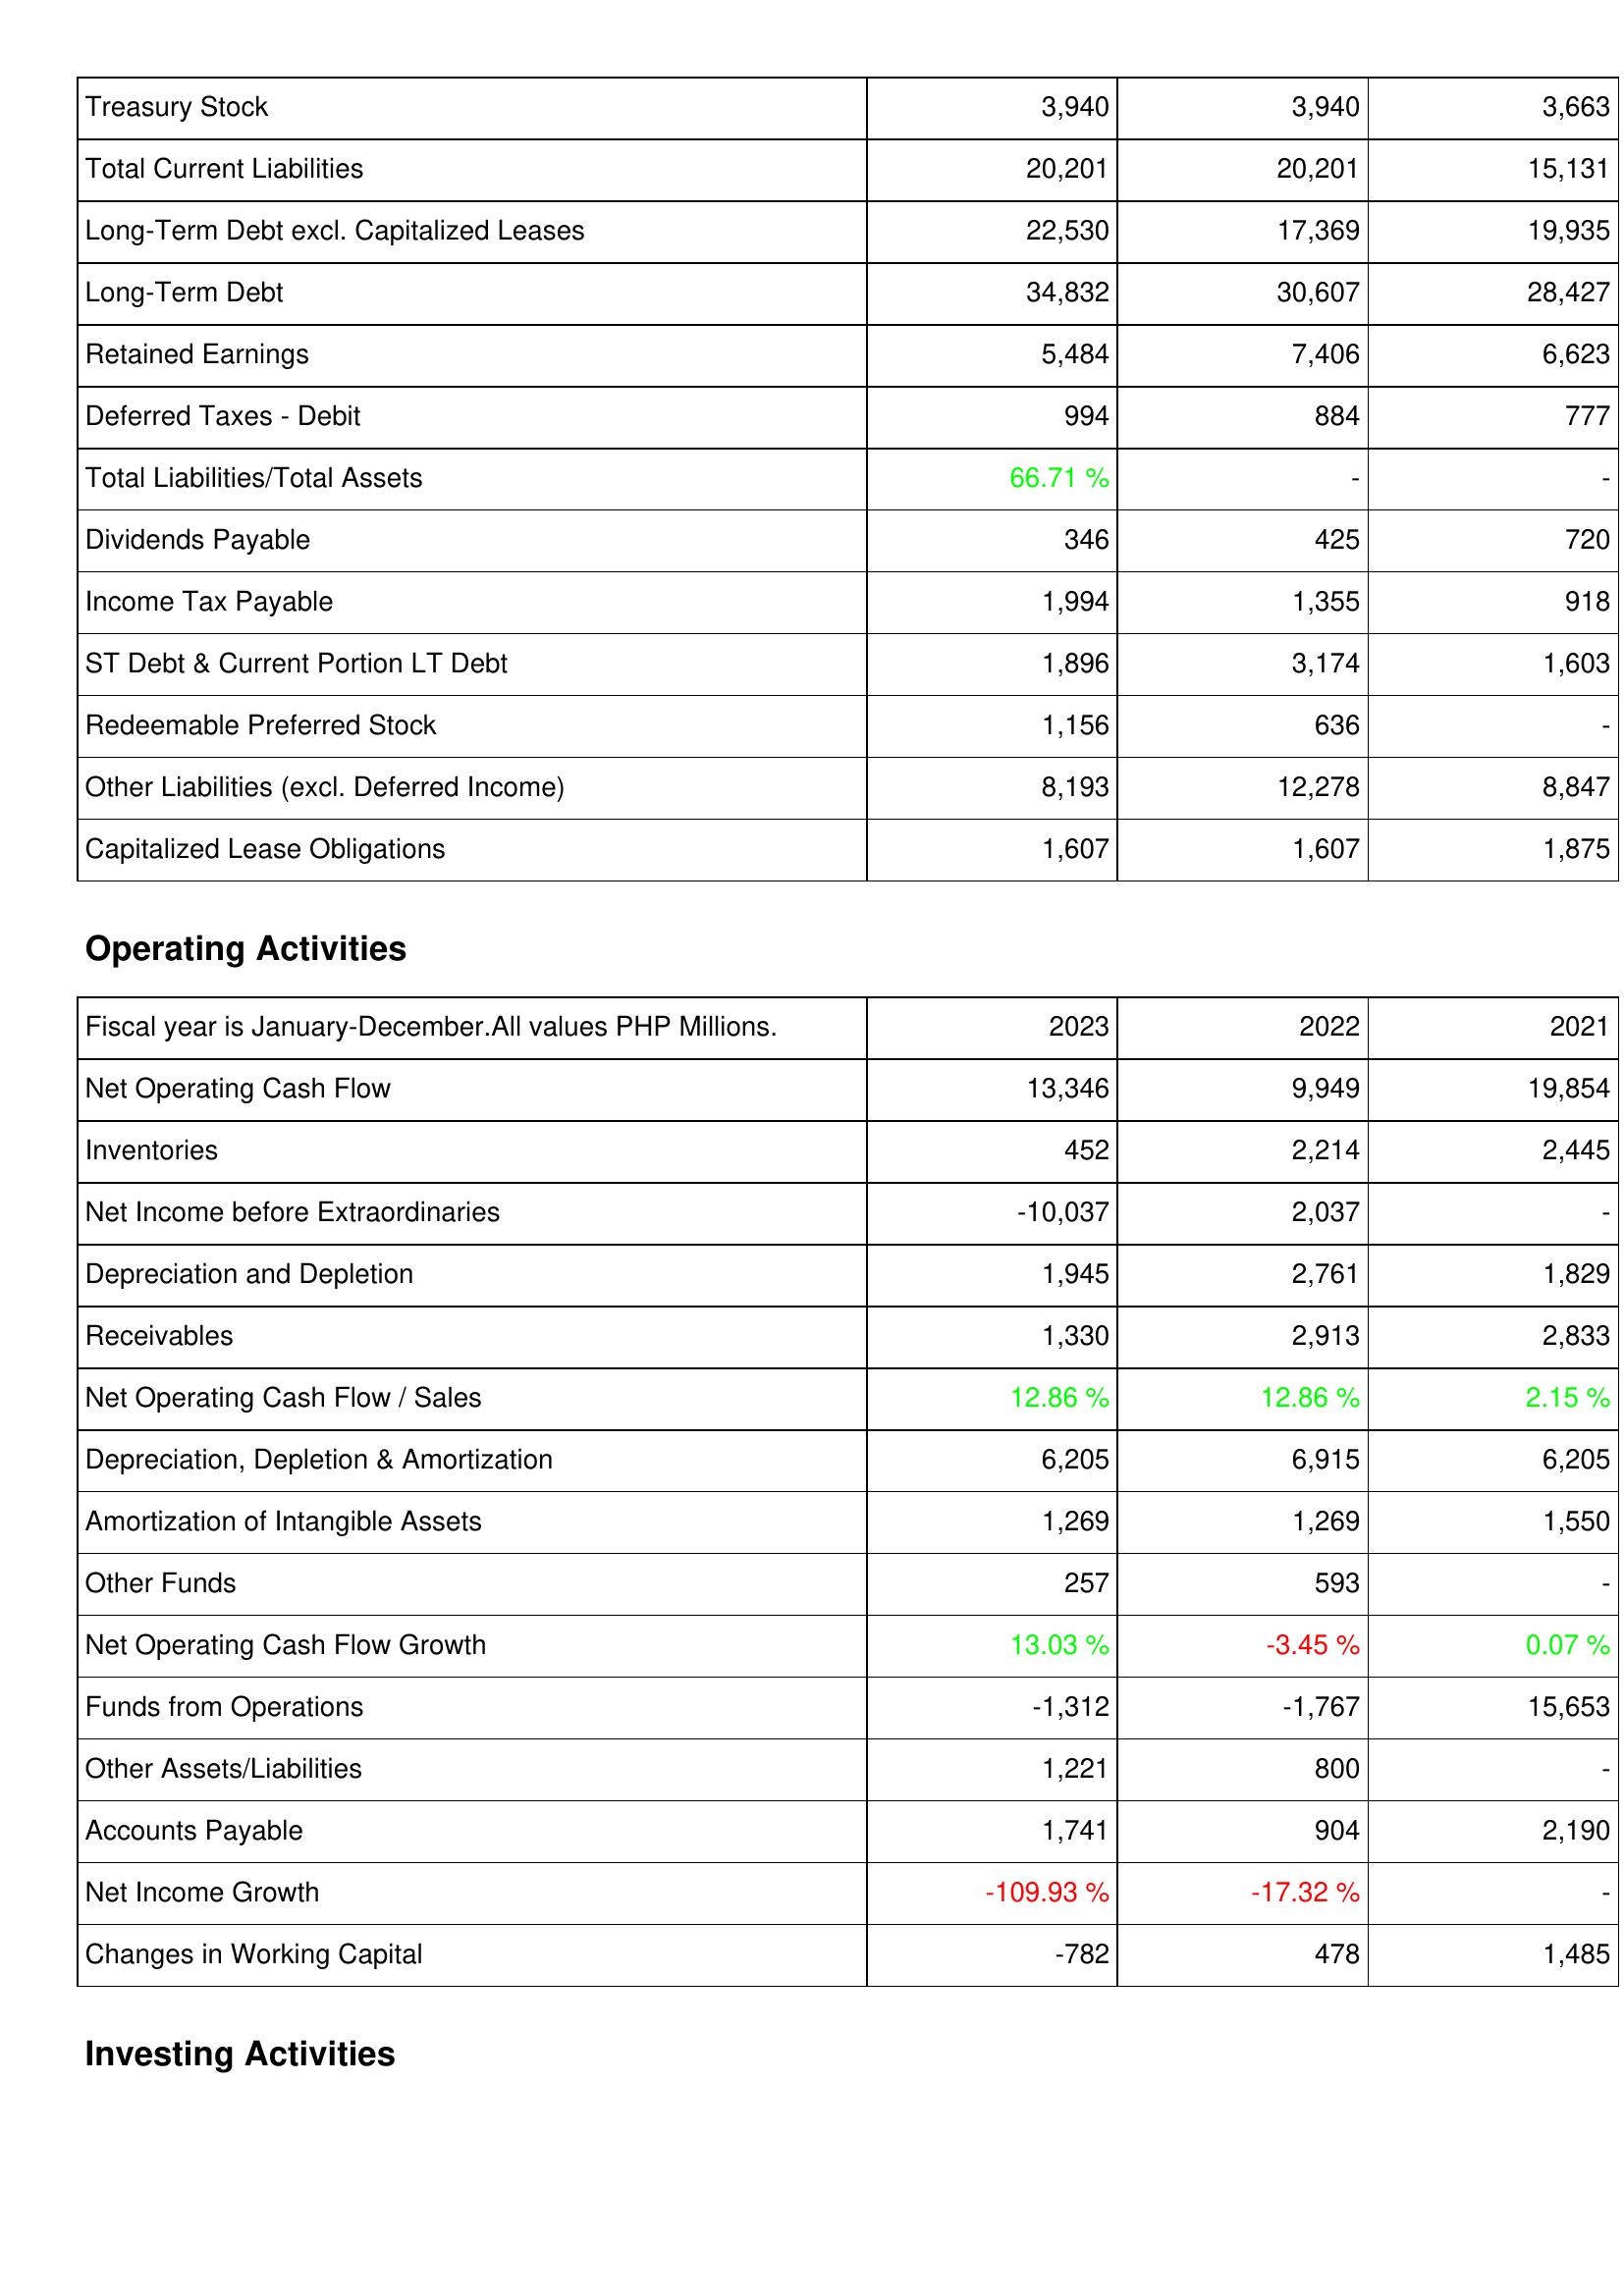
2023: Liabilities & Shareholders' Equity: Treasury Stock: 3,940
Total Current Liabilities: 20,201
Long-Term Debt excl. Capitalized Leases: 22,530
Long-Term Debt: 34,832
Retained Earnings: 5,484
Deferred Taxes - Debit: 994
Total Liabilities/Total Assets: 66.71 %
Dividends Payable: 346
Income Tax Payable: 1,994
ST Debt & Current Portion LT Debt: 1,896
Redeemable Preferred Stock: 1,156
Other Liabilities (excl. Deferred Income): 8,193
Capitalized Lease Obligations: 1,607
Operating Activities: Net Operating Cash Flow: 13,346
Inventories: 452
Net Income before Extraordinaries: -10,037
Depreciation and Depletion: 1,945
Receivables: 1,330
Net Operating Cash Flow / Sales: 12.86 %
Depreciation, Depletion & Amortization: 6,205
Amortization of Intangible Assets: 1,269
Other Funds: 257
Net Operating Cash Flow Growth: 13.03 %
Funds from Operations: -1,312
Other Assets/Liabilities: 1,221
Accounts Payable: 1,741
Net Income Growth: -109.93 %
Changes in Working Capital: -782
2022: Liabilities & Shareholders' Equity: Treasury Stock: 3,940
Total Current Liabilities: 20,201
Long-Term Debt excl. Capitalized Leases: 17,369
Long-Term Debt: 30,607
Retained Earnings: 7,406
Deferred Taxes - Debit: 884
Total Liabilities/Total Assets: -
Dividends Payable: 425
Income Tax Payable: 1,355
ST Debt & Current Portion LT Debt: 3,174
Redeemable Preferred Stock: 636
Other Liabilities (excl. Deferred Income): 12,278
Capitalized Lease Obligations: 1,607
Operating Activities: Net Operating Cash Flow: 9,949
Inventories: 2,214
Net Income before Extraordinaries: 2,037
Depreciation and Depletion: 2,761
Receivables: 2,913
Net Operating Cash Flow / Sales: 12.86 %
Depreciation, Depletion & Amortization: 6,915
Amortization of Intangible Assets: 1,269
Other Funds: 593
Net Operating Cash Flow Growth: -3.45 %
Funds from Operations: -1,767
Other Assets/Liabilities: 800
Accounts Payable: 904
Net Income Growth: -17.32 %
Changes in Working Capital: 478
2021: Liabilities & Shareholders' Equity: Treasury Stock: 3,663
Total Current Liabilities: 15,131
Long-Term Debt excl. Capitalized Leases: 19,935
Long-Term Debt: 28,427
Retained Earnings: 6,623
Deferred Taxes - Debit: 777
Total Liabilities/Total Assets: -
Dividends Payable: 720
Income Tax Payable: 918
ST Debt & Current Portion LT Debt: 1,603
Redeemable Preferred Stock: -
Other Liabilities (excl. Deferred Income): 8,847
Capitalized Lease Obligations: 1,875
Operating Activities: Net Operating Cash Flow: 19,854
Inventories: 2,445
Net Income before Extraordinaries: -
Depreciation and Depletion: 1,829
Receivables: 2,833
Net Operating Cash Flow / Sales: 2.15 %
Depreciation, Depletion & Amortization: 6,205
Amortization of Intangible Assets: 1,550
Other Funds: -
Net Operating Cash Flow Growth: 0.07 %
Funds from Operations: 15,653
Other Assets/Liabilities: -
Accounts Payable: 2,190
Net Income Growth: -
Changes in Working Capital: 1,485